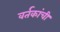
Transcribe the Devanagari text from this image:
वर्तकांची